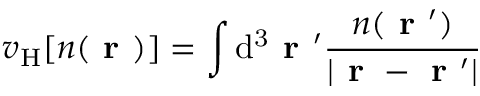
v _ { \mathrm { H } } [ n ( \textbf { r } ) ] = \int \mathrm { d ^ { 3 } } \textbf { r } ^ { \prime } \frac { n ( \textbf { r } ^ { \prime } ) } { | \textbf { r } - \textbf { r } ^ { \prime } | }